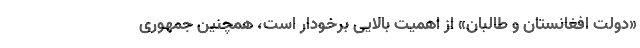
«دولت افغانستان و طالبان» از اهمیت بالایی برخودار است، همچنین جمهوری